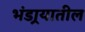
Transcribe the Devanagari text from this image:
भंडार्‍यातील